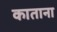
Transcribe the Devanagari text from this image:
काताना